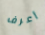
أعرف